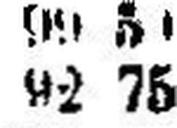
92 75